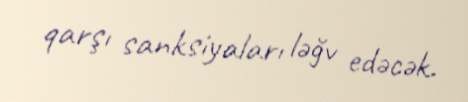
qarşı sanksiyaları ləğv edəcək.